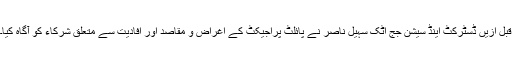
قبل ازیں ڈسٹرکٹ اینڈ سیشن جج اٹک سہیل ناصر نے پائلٹ پراجیکٹ کے اغراض و مقاصد اور افادیت سے متعلق شرکاء کو آگاہ کیا۔